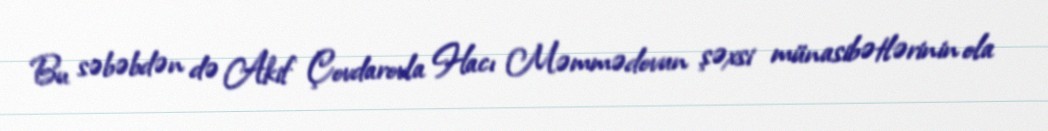
Bu səbəbdən də Akif Çovdarovla Hacı Məmmədovun şəxsi münasibətlərinin ola